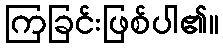
ကြခြင်းဖြစ်ပါ၏။